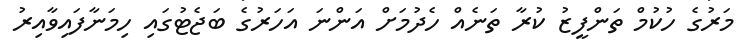
މަރުގެ ހުކުމް ތަންފީޒު ކުރާ ތަނެއް ހެދުމަށް އަންނަ އަހަރުގެ ބަޖެޓުގައި ހިމަނާފައިވާއިރު